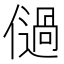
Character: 𠏀